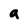
Character: a